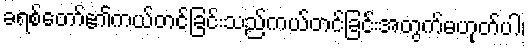
ခရစ်တော်၏ကယ်တင်ခြင်းသည်ကယ်တင်ခြင်းအတွက်မဟုတ်ပါ၊